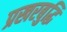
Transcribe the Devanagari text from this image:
प्रखरबुद्धि